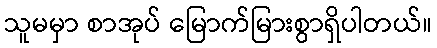
သူမမှာ စာအုပ် မြောက်မြားစွာရှိပါတယ်။